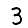
Digit: 3